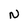
Character: N